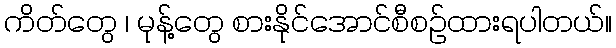
ကိတ်တွေ ၊ မုန့်တွေ စားနိုင်အောင်စီစဉ်ထားရပါတယ်။